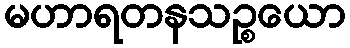
မဟာရတနသဉ္စယော